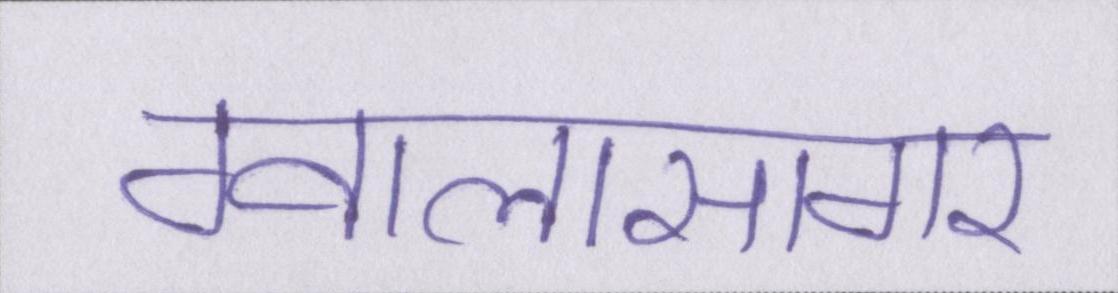
ग्वालासागर